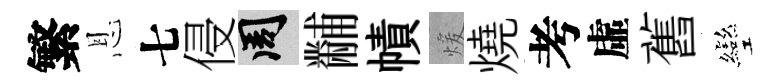
繁恩七侵周黼幘煖燒考虛舊彎